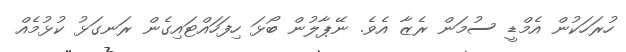
ހުރަހަކުން އެމްޑީ ސުމަން ރެޒާ އެވެ. ނޭޕާލުން ބޯޅަ ހިފަހައްޓައިގެން ރަނގަޅު ކުޅުމެއް